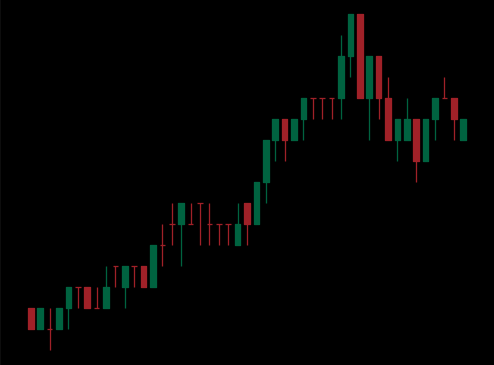
Pattern: bear_flag